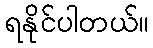
ရနိုင်ပါတယ်။